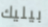
بيليك